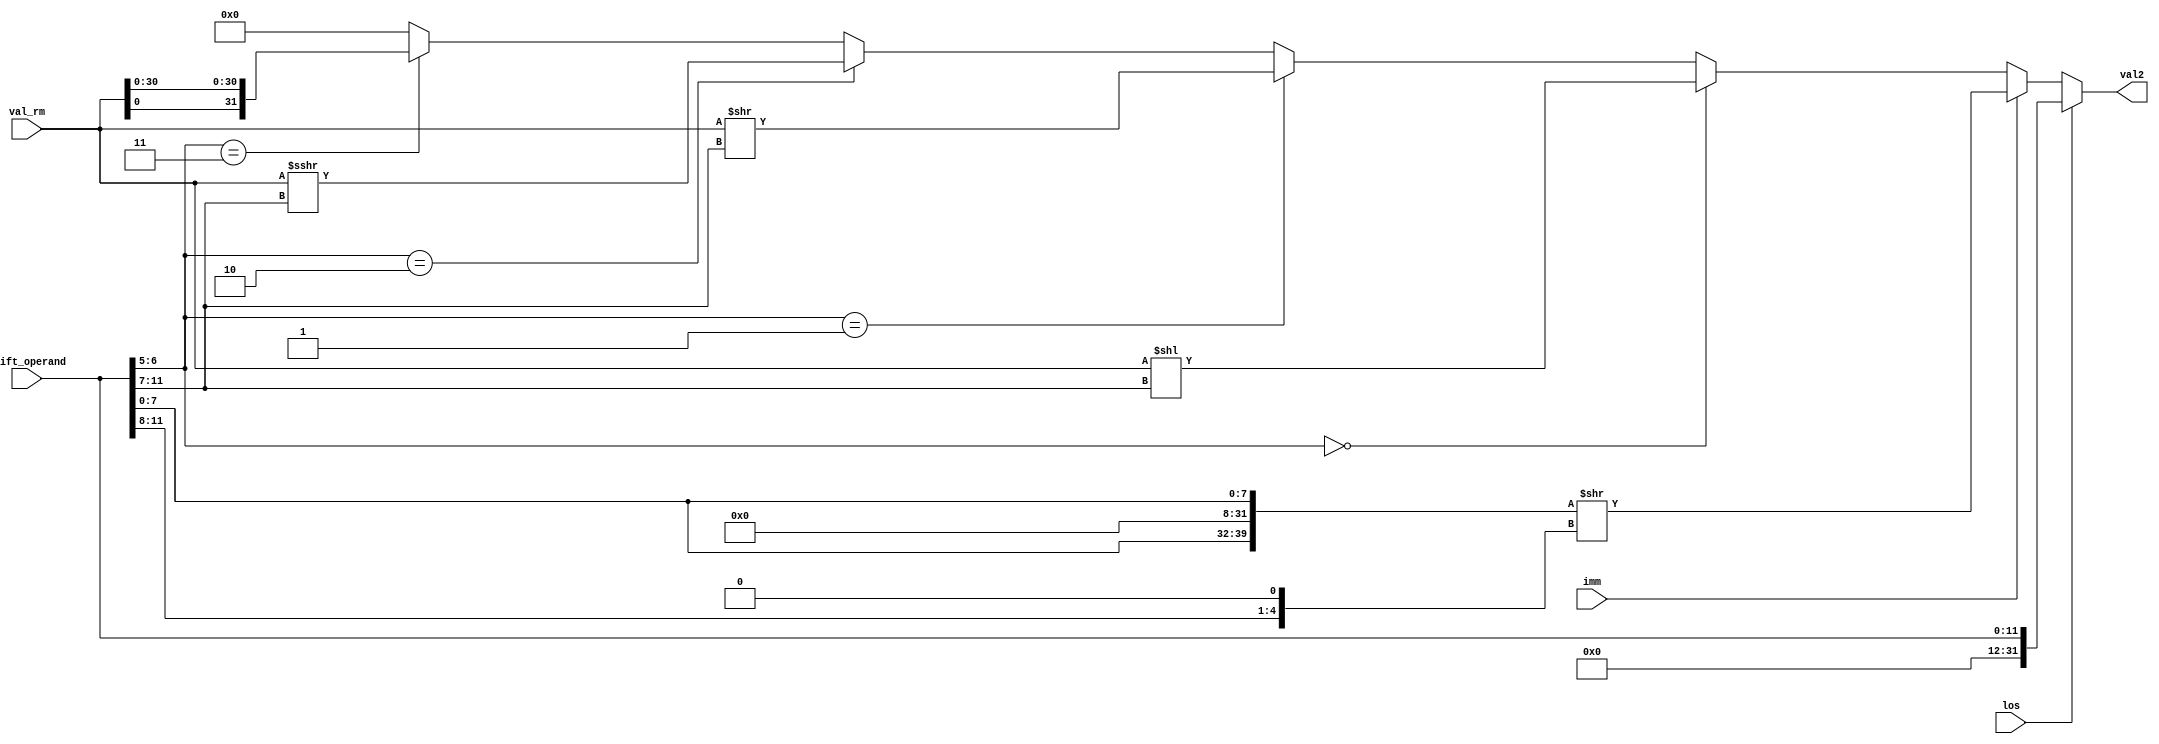
module Val2Generate (
	input[31:0] val_rm,
	input[11:0] shift_operand,
	input los, imm,
	output[31:0] val2
);

	// always @* begin
	// 	if (los) val2 = {20'b0, shift_operand};
	// 	else if (imm) begin
	// 		shiftby = {4'b0000, shift_operand[11:8]} << 1;
	// 		imm_value = {24'b0, shift_operand[7:0]};
	// 		{temp,val2} = {imm_value,imm_value} >> shiftby;
	// 	end
	// 	else if (shift_operand[6:5] == 2'b00) val2 = val_rm << shift_operand[11:7] ;
	// 	else if (shift_operand[6:5] == 2'b01) val2 = val_rm >> shift_operand[11:7] ;
	// 	else if (shift_operand[6:5] == 2'b10) val2 = val_rm >>> shift_operand[11:7] ;
	// 	else if (shift_operand[6:5] == 2'b11) val2 = {val_rm[0], val_rm[30:0]};
	// 	else val2 = 32'd0;
	// end

	assign val2 = los ? {20'b0, shift_operand} :
				  imm ? {{{24'b0, shift_operand[7:0]},{24'b0, shift_operand[7:0]}} >> {{4'b0000, shift_operand[11:8]} << 1}} :
				  shift_operand[6:5] == 2'b00 ? val_rm << shift_operand[11:7]  :
				  shift_operand[6:5] == 2'b01 ? val_rm >> shift_operand[11:7]  :
				  shift_operand[6:5] == 2'b10 ? val_rm >>> shift_operand[11:7]  :
				  shift_operand[6:5] == 2'b11 ? {val_rm[0], val_rm[30:0]} :
				  32'd0;

endmodule